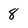
Character: 8